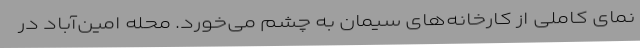
نمای کاملی از کارخانه‌های سیمان به چشم می‌خورد. محله امین‌آباد در